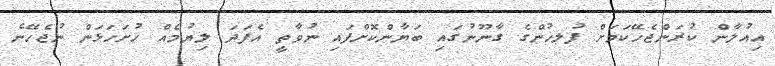
އިއުލާން ކުރަންޖެހޭކަމަށް ފުލހުންގެ ގާނޫނުގައި ބަޔާންކޮށްފައި ނުވާތީ އެފަދަ ލިޔުމެއް ހުށަހަޅަން ނުޖެހޭނެ